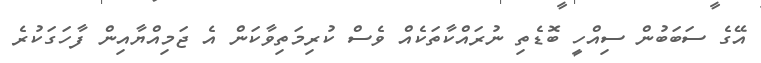
އޭގެ ސަބަބުން ސިއްހީ ބޮޑެތި ނުރައްކާތަކެއް ވެސް ކުރިމަތިވާކަން އެ ޖަމިއްޔާއިން ފާހަގަކުރެ